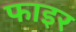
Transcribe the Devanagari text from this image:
फाइर